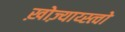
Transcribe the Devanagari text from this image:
ख़ोज़्याय्स्त्वो